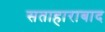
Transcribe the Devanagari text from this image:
सताहाराबाद